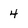
Character: 4